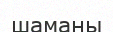
шаманы